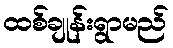
ထစ်ချုန်းရွာမည်